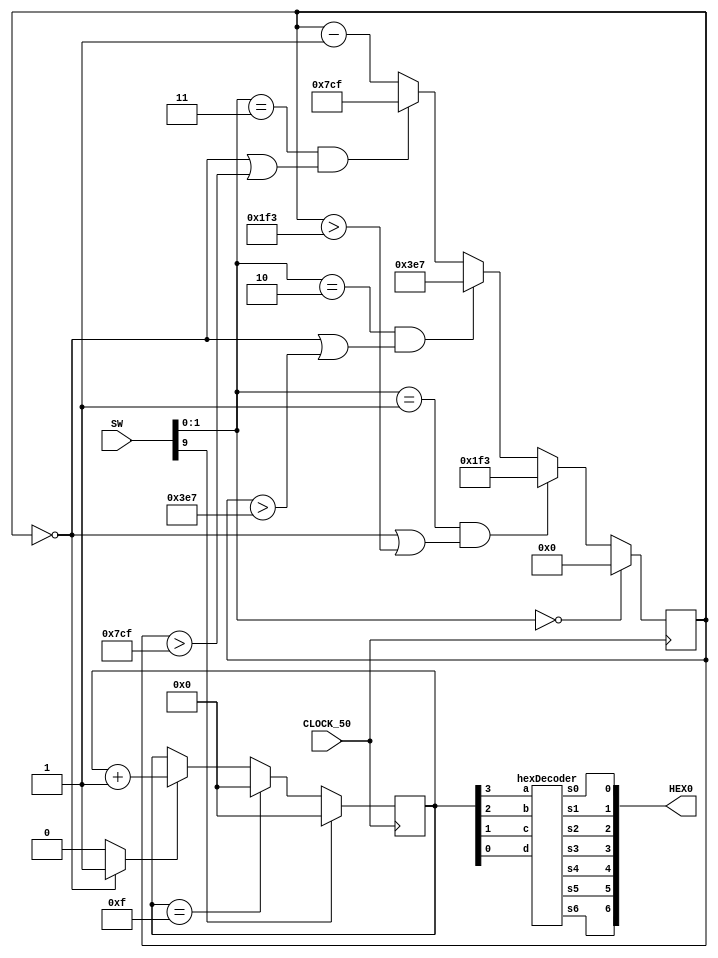
module part2(
	input [9:0]SW,
	input CLOCK_50,
	output [6:0]HEX0
);

	reg [3:0] q; // declare q
	reg [31:0]RateDivider;
	wire Enable;
	wire Clear_b;
	assign Clear_b = SW[9];
	assign Enable = (RateDivider == 0)?1:0;
	
	hexDecoder U0(q[0],q[1],q[2],q[3],HEX0[0],HEX0[1],HEX0[2],HEX0[3],HEX0[4],HEX0[5],HEX0[6]);
	
	always @(posedge CLOCK_50) begin// triggered every time clock rises
		RateDivider <= RateDivider - 1;
		if(SW[1:0] == 2'b00)
			RateDivider <= 0;
		else if((SW[1:0] == 2'b01) & ((RateDivider == 0) | (RateDivider > 499)))
			RateDivider <= 499;
		else if((SW[1:0] == 2'b10) & ((RateDivider == 0) | (RateDivider > 999)))
			RateDivider <= 999;
		else if((SW[1:0] == 2'b11) & ((RateDivider == 0) | (RateDivider > 1999)))
			RateDivider <= 1999;
		if (Clear_b == 1'b1) // when Clear b is 1
			q <= 0; // q is set to 0
		else if (q == 4'b1111) // when q is the maximum value for the counter
			q <= 0; // q reset to 0
		else if (Enable == 1'b1) // increment q only when Enable is 1
			q <= q + 1; // increment q
	end

endmodule

module hexDecoder(input d,c,b,a, output s0, s1, s2, s3, s4, s5, s6);
	assign s0 = (a & b & ~c & d) || (a & ~b & c & d) || (~a & b & ~c & ~d) || (~a & ~b & ~c & d);
	assign s1 = (a & b & ~d) || (a & c & d) || (~a & b & ~c & d) || (b & c & ~d);
	assign s2 = (a & b & c) || (a & b & ~d) || (~a & ~b & c & ~d);
	assign s3 = (a & ~b & c & ~d) || (~a & b & ~c & ~d) || (b & c & d) || (~a & ~b & ~c & d);
	assign s4 = (~a & b & ~c) || (~a & d) || (~b & ~c & d);
	assign s5 = (a & b & ~c & d) || (~a & ~b & c) || (~a & ~b & d) || (~a & c & d);
	assign s6 = (a & b & ~c & ~d) || (~a & b & c & d) || (~a & ~b & ~c);
endmodule